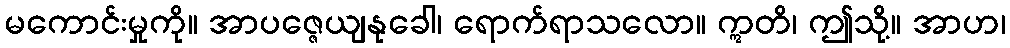
မကောင်းမှုကို။ အာပဇ္ဇေယျနုခေါ၊ ရောက်ရာသလော။ ဣတိ၊ ဤသို့။ အာဟ၊